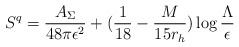
\begin{align*}S^q={A_\Sigma \over 48\pi \epsilon^2}+({1 \over 18}-{M \over 15r_h}) \log{\Lambda \over \epsilon}\end{align*}